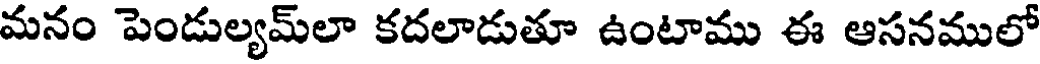
మనం పెండుల్యమ్లా కదలాడుతూ ఉంటాము ఈ ఆసనములో